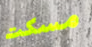
مسكت